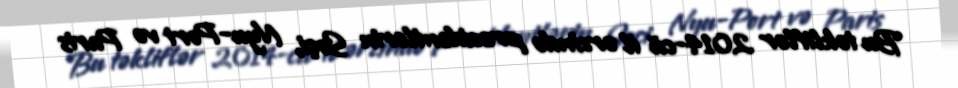
Bu təkliflər 2014-cü il ərzində prezidentlərin Soçi, Nyu-Port və Paris